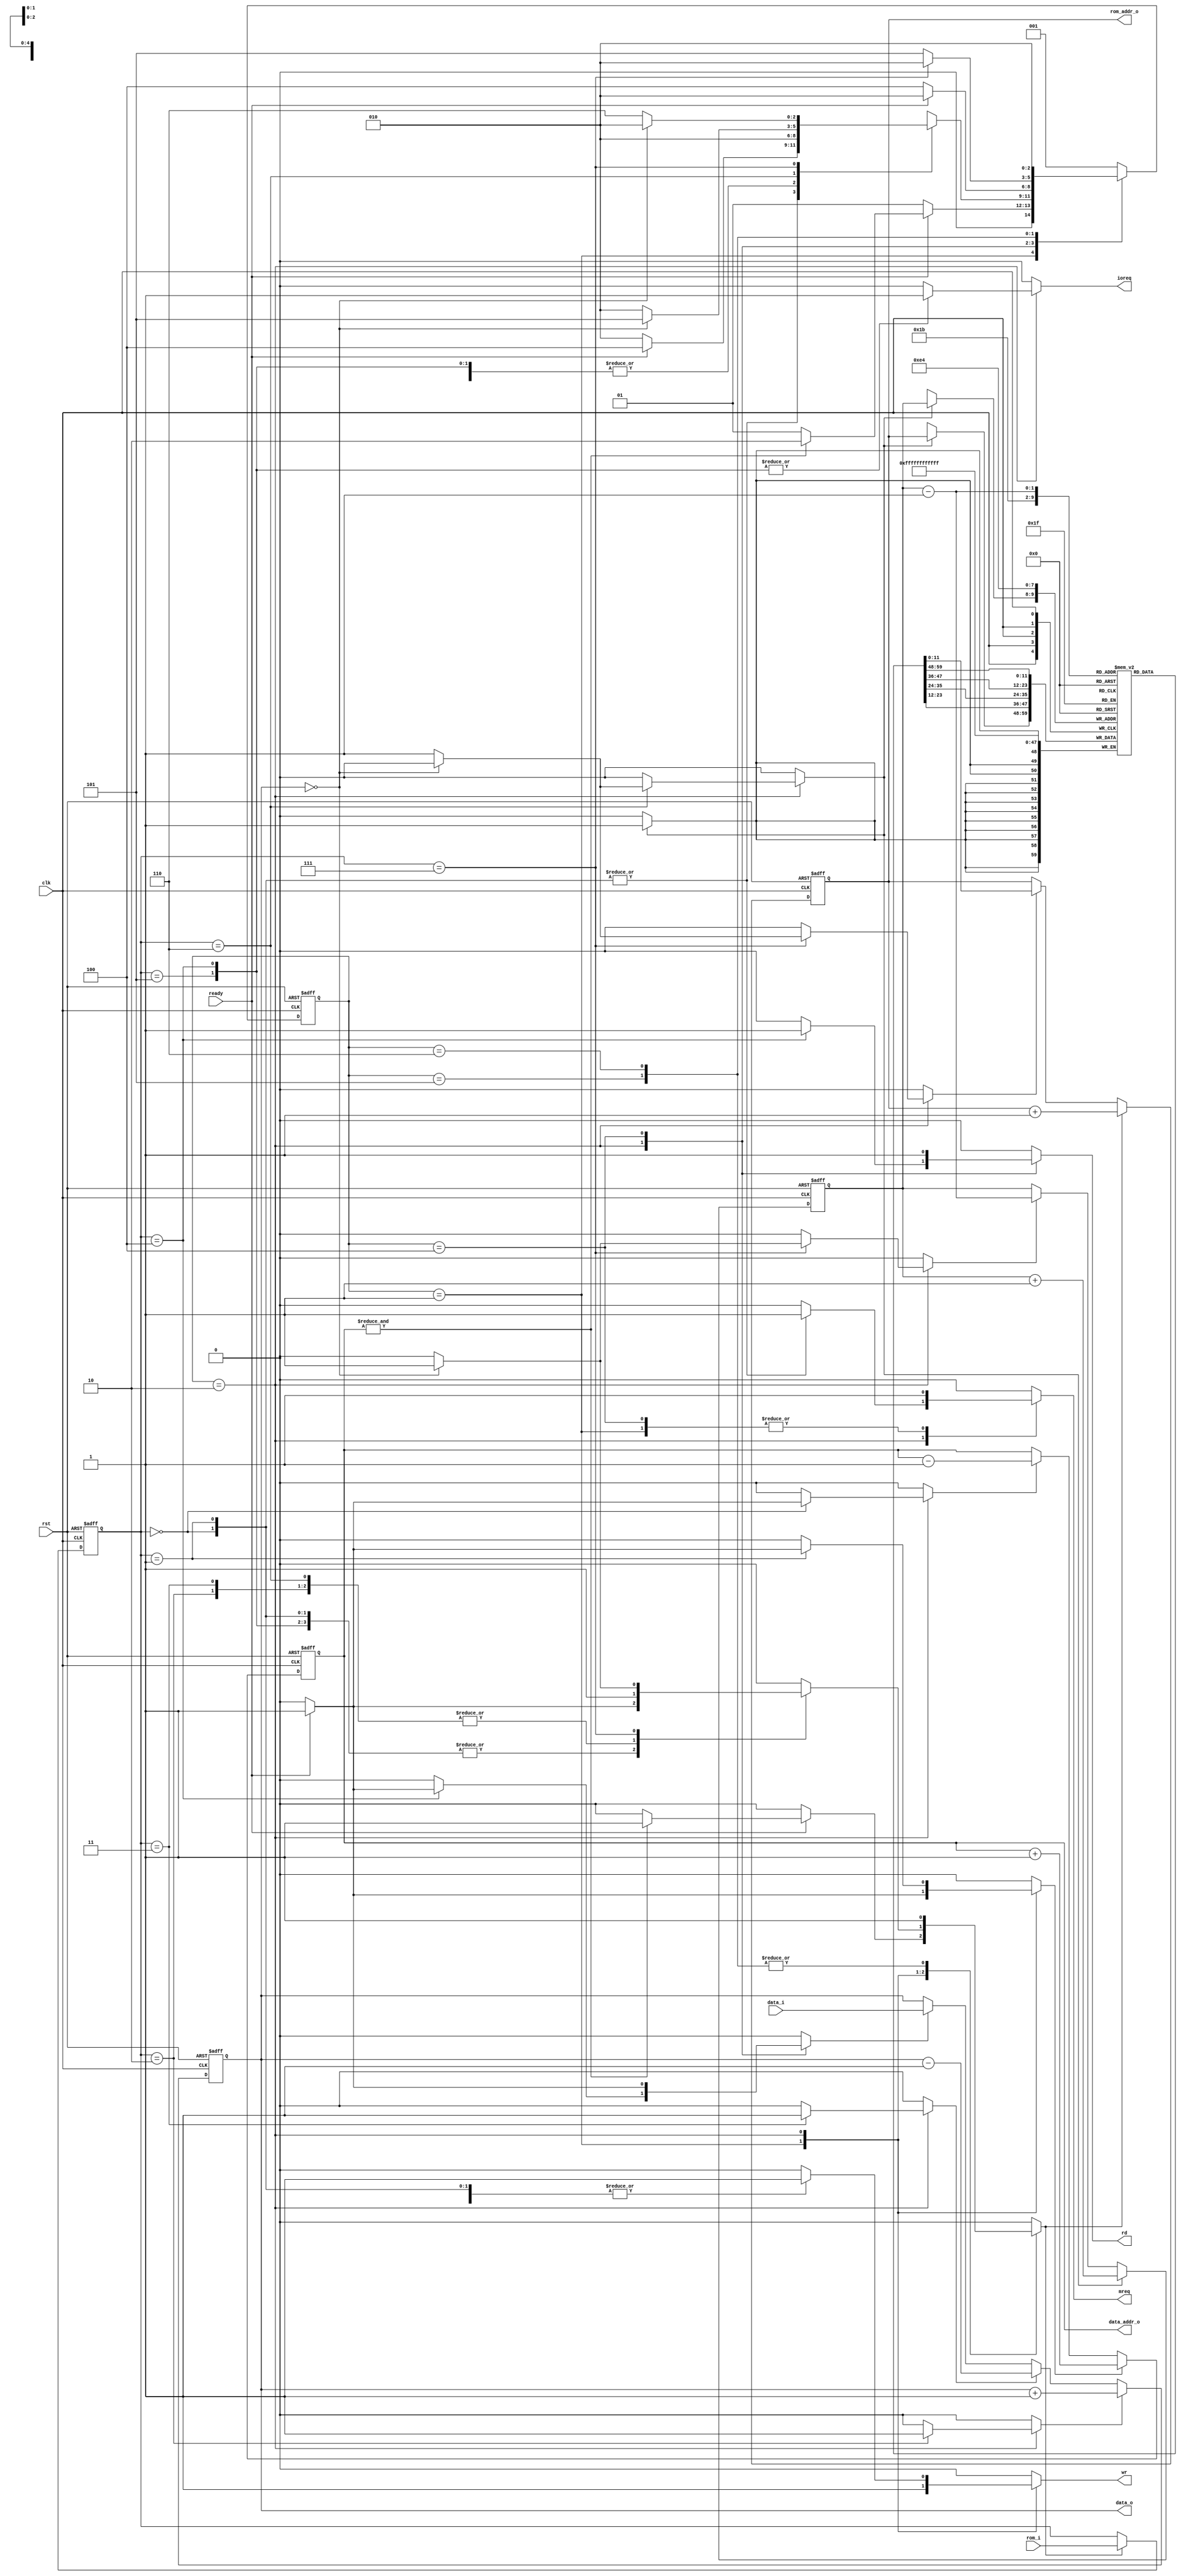
`timescale 1ns / 1ps
//////////////////////////////////////////////////////////////////////////////////
// Company: 
// 
// Design Name: 	Braindfuck CPU
// Module Name:    brainfuck_cpu 
// Project Name: 
// Target Devices: 
// Tool versions: 
// Description: 
//
// Dependencies: 
//
// Revision: 
// Revision 0.01 - File Created
// Additional Comments: 
// 000 = <
// 001 = >
// 010 = +
// 011 = -
// 100 = ,
// 101 = .
// 110 = [
// 111 = ]
//////////////////////////////////////////////////////////////////////////////////
module brainfuck_cpu #(parameter DATA_ADDR_WIDTH = 8, ROM_ADDR_WIDTH = 12, STACK_DEPTH = 4)
(
	input clk,
	input rst,
	input [7:0] data_i,
	output [7:0] data_o,
	input [2:0] rom_i,
	output [DATA_ADDR_WIDTH-1:0] data_addr_o,
	output [ROM_ADDR_WIDTH-1:0] rom_addr_o,
	output reg rd,
	output reg wr,
	output reg mreq,
	output reg ioreq,
	input ready
);

	// FSM states
	localparam  RAM_CLEAR = 3'b001,
	            RUN = 3'b010,
	            UPDATE_DATA = 3'b100,
	            INSTANT_ZERO_EXEPTION_RECOVERY = 3'b101,
	            JUMP_RECOVERY = 3'b110;

	reg [2:0] ir;
	reg [7:0] data_reg;
	reg [ROM_ADDR_WIDTH-1:0] pc;
	reg [DATA_ADDR_WIDTH-1:0] pointer;
	reg [clogb2(STACK_DEPTH)-1:0] sp;
	reg [ROM_ADDR_WIDTH-1:0] stack [0:STACK_DEPTH-1];

	reg [2:0] fsm_state;
	reg [2:0] fsm_next;

	reg ir_load;

	reg data_reg_load;
	reg data_reg_inc;
	reg data_reg_dec;

	reg stack_load;
	reg sp_inc;
	reg sp_dec;

	reg pc_inc;
	reg pc_load;

	reg pointer_inc;
	reg pointer_dec;

	integer i;

	// Instruction fetching
	always @(posedge clk, posedge rst) begin
		if (rst)
			ir <= 0;
		else if (ir_load)
			ir <= rom_i;
	end

	// Current data register
	always @(posedge clk, posedge rst) begin
		if (rst)
			data_reg <= 0;
		else begin
			if (data_reg_inc)
				data_reg <= data_reg + 1;
			else if (data_reg_dec)
				data_reg <= data_reg - 1;
			else if (data_reg_load)
				data_reg <= data_i;
		end
	end

	assign data_o = data_reg;
	
	// Stack
	always @(posedge clk) begin
		for (i = 0; i < STACK_DEPTH; i = i + 1)
			stack[i] <= stack[i];
		if (stack_load)
			stack[sp] <= pc;
	end

	// Stack pointer
	always @(posedge clk, posedge rst) begin
		if (rst)
			sp <= 0;
		else if (sp_inc)
			sp <= sp + 1'b1;
		else if (sp_dec)
			sp <= sp - 1'b1;
	end

	// Program counter
	always @(posedge clk, posedge rst) begin
		if (rst)
			pc <= 0;
		else if (pc_inc)
			pc <= pc + 1;
		else if (pc_load)
			pc <= stack[sp-1];
	end

	assign rom_addr_o = pc;

	// Pointer
	always @(posedge clk, posedge rst) begin
		if (rst)
			pointer <= 0;
		else if (pointer_inc)
			pointer <= pointer + 1;
		else if (pointer_dec)
			pointer <= pointer - 1;
	end

	assign data_addr_o = pointer;

	// FSM
	always @(posedge clk, posedge rst) begin
		if (rst)
			fsm_state <= RAM_CLEAR;
		else
			fsm_state <= fsm_next;
	end

	always @(*) begin
		ir_load <= 1'b0;
		data_reg_load <= 1'b0;
		data_reg_inc <= 1'b0;
		data_reg_dec <= 1'b0;
		stack_load <= 1'b0;
		sp_inc <= 1'b0;
		sp_dec <= 1'b0;
		pc_inc <= 1'b0;
		pc_load <= 1'b0;
		pointer_inc <= 1'b0;
		pointer_dec <= 1'b0;
		wr <= 1'b0;
		rd <= 1'b0;
		mreq <= 1'b0;
		ioreq <= 1'b0;

		case (fsm_state)
			RAM_CLEAR: begin
				wr <= 1'b1;
				mreq <= 1'b1;
				fsm_next <= RAM_CLEAR;

				if (ready) begin
					pointer_inc <= 1'b1;
					if (&pointer) begin
						ir_load <= 1'b1;
						pc_inc <= 1'b1;
						fsm_next <= RUN;
					end
				end
			end

			RUN: begin
				case (ir)
					3'b000: begin  //<
						wr <= 1'b1;
						mreq <= 1'b1;
						
						if (ready) begin
							pointer_dec <= 1'b1;
							ir_load <= 1'b1;
							pc_inc <= 1'b1;
							fsm_next <= UPDATE_DATA;
						end
						else
							fsm_next <= RUN;
					end

					3'b001: begin  //>
						wr <= 1'b1;
						mreq <= 1'b1;
						
						if (ready) begin
							pointer_inc <= 1'b1;
							ir_load <= 1'b1;
							pc_inc <= 1'b1;
							fsm_next <= UPDATE_DATA;
						end
						else
							fsm_next <= RUN;
					end

					3'b010: begin  //+
						ir_load <= 1'b1;
						pc_inc <= 1'b1;
						data_reg_inc <= 1'b1;
						fsm_next <= RUN;
					end

					3'b011: begin  //-
						ir_load <= 1'b1;
						pc_inc <= 1'b1;
						data_reg_dec <= 1'b1;
						fsm_next <= RUN;
					end

					3'b100: begin  //,
						rd <= 1'b1;
						ioreq <= 1'b1;
						fsm_next <= RUN;

						if (ready) begin
							data_reg_load <= 1'b1;
							ir_load <= 1'b1;
							pc_inc <= 1'b1;
						end
					end

					3'b101: begin  //.
						wr <= 1'b1;
						ioreq <= 1'b1;
						fsm_next <= RUN;

						if (ready) begin
							ir_load <= 1'b1;
							pc_inc <= 1'b1;
						end
					end

					3'b110: begin  //[
						ir_load <= 1'b1;
						pc_inc <= 1'b1;

						if (data_reg == 7'b0)
							fsm_next <= INSTANT_ZERO_EXEPTION_RECOVERY;
						else begin
							sp_inc <= 1'b1;
							stack_load <= 1'b1;
							fsm_next <= RUN;
						end
					end

					3'b111: begin  //]
						if (~(data_reg == 7'b0)) begin
							pc_load <= 1'b1;
							fsm_next <= JUMP_RECOVERY;
						end
						else begin
							ir_load <= 1'b1;
							pc_inc <= 1'b1;
							sp_dec <= 1'b1;
							fsm_next <= RUN;
						end
					end

				endcase

			end

			UPDATE_DATA: begin
				rd <= 1'b1;
				mreq <= 1'b1;

				if (ready) begin
					data_reg_load <= 1'b1;
					fsm_next <= RUN;
				end
				else
					fsm_next <= UPDATE_DATA;
			end

			INSTANT_ZERO_EXEPTION_RECOVERY: begin
				ir_load <= 1'b1;
				pc_inc <= 1'b1;
				
				if (ir == 3'b111)
					fsm_next <= RUN;
				else
					fsm_next <= INSTANT_ZERO_EXEPTION_RECOVERY;
			end

			JUMP_RECOVERY: begin
				ir_load <= 1'b1;
				pc_inc <= 1'b1;
				fsm_next <= RUN;
			end

			default: fsm_next <= RAM_CLEAR;

		endcase
	end

	// Function clogb2
	function integer clogb2;
		input [31:0] value;
		integer 	i;
		begin
			clogb2 = 0;
			for (i = 0; 2**i < value; i = i + 1)
				clogb2 = i + 1;
		end
	endfunction

endmodule